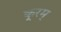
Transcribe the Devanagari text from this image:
कूरम्